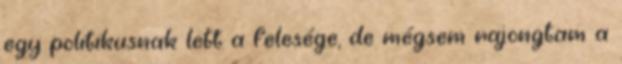
egy politikusnak lett a felesége, de mégsem rajongtam a